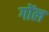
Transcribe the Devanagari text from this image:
गोंल